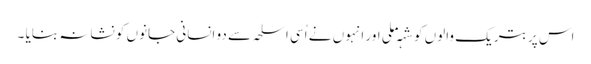
اس پر بتریک والوں کو شہہ ملی اور انہوں نے اُسی اسلحہ سے دو انسانی جانوں کو نشانہ بنایا ۔